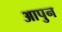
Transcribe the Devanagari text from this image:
आपुन